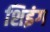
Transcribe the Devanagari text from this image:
शिइंग